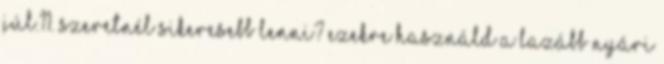
júl.11. Szeretnél sikeresebb lenni? Ezekre használd a lazább nyári